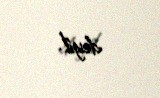
deyil.